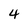
Character: 4